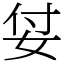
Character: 姇